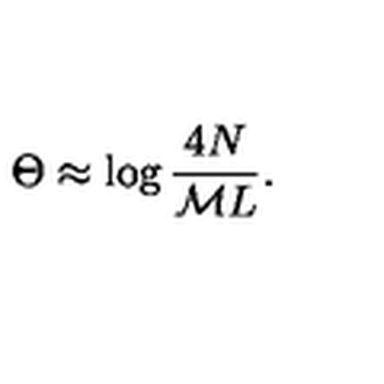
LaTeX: \Theta \approx \log \displaystyle \frac { 4 N } { { \cal M } L } .